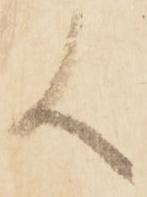
候